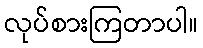
လုပ်စားကြတာပါ။